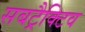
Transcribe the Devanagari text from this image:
सबट्रैक्टिव